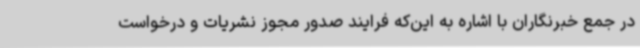
در جمع خبرنگاران با اشاره به این‌که فرایند صدور مجوز نشریات و درخواست